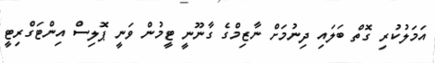
އަމަލުކުރި ގޮތް ބަލައި ދިނުމަށް ނާޒިމްގެ ގާނޫނީ ޓީމުން ވަނީ ޕޮލިސް އިންޓަގްރިޓީ